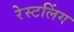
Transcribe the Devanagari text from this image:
रेस्टलिंग